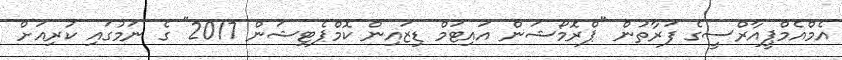
އެމްއެމްޕީއާރްސީގެ ފަރާތުން "ޕްރޮމޯޝަން އައިޓަމް ޑިޒައިން ކޮމްޕެޓިޝަން 2017" ގެ ނަމުގައި ކުރިއަށް